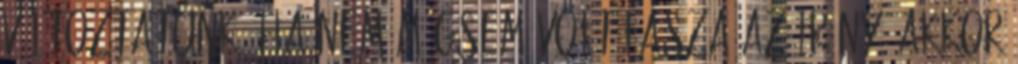
változtatunk? Ha nem mégsem volt fasza az irány, akkor